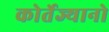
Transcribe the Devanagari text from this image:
कोर्तेज्यानो